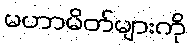
မဟာမိတ်များကို